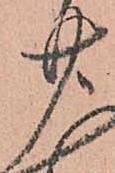
廿